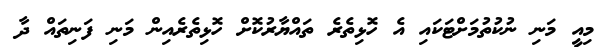
މިއީ މަނި ނުކުތުމަށްޓަކައި އެ ހޮޅިތެރެ ތައްޔާރުކޮށް ހޮޅިތެރެއިން މަނި ފަނިތައް ދާ